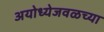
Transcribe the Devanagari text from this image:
अयोध्येजवळच्या